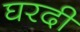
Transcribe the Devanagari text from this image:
घरदी